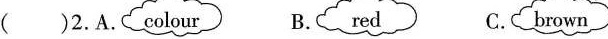
( )2.A. colour B. red C.brown